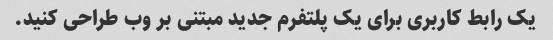
یک رابط کاربری برای یک پلتفرم جدید مبتنی بر وب طراحی کنید.